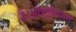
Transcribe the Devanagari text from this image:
है।ऑस्ट्रेलियन